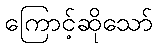
ကြောင့်ဆိုသော်